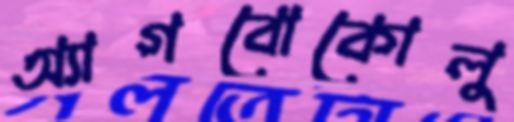
অ্যাগবোকোলু